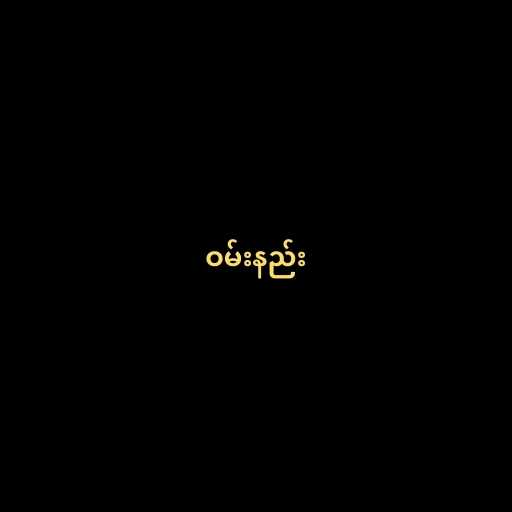
ဝမ်းနည်း